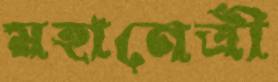
মহানেত্রী